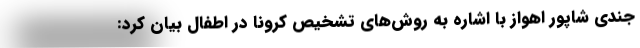
جندی شاپور اهواز با اشاره به روش‌های تشخیص کرونا در اطفال بیان کرد: